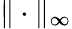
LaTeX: \| \cdot\| _{\infty}